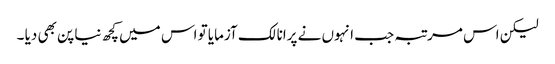
لیکن اس مرتبہ جب انہوں نے پرانا لک آزمایا تو اس میں کچھ نیا پن بھی دیا ۔